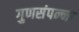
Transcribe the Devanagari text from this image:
गुणसंपन्ना